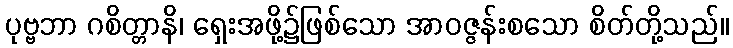
ပုဗ္ဗဘာ ဂစိတ္တာနိ၊ ရှေးအဖို့၌ဖြစ်သော အာဝဇ္ဇန်းစသော စိတ်တို့သည်။